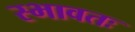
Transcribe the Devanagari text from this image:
स्भावतः